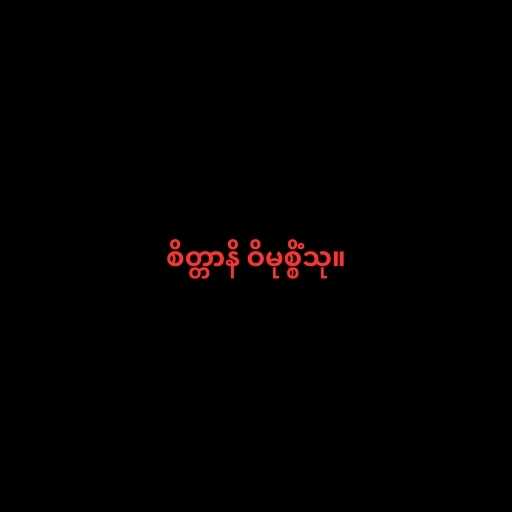
စိတ္တာနိ ဝိမုစ္စိံသု။